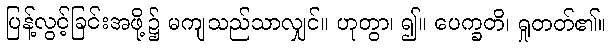
ပြန့်လွင့်ခြင်းအဖို့၌ မကျသည်သာလျှင်။ ဟုတွာ၊ ၍။ ပေက္ခတိ၊ ရှုတတ်၏။